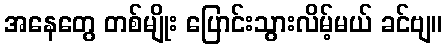
အနေတွေ တစ်မျိုး ပြောင်းသွားလိမ့်မယ် ခင်ဗျ။